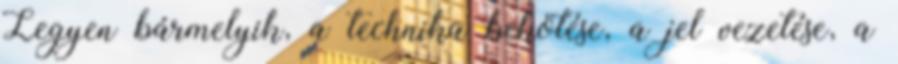
Legyen bármelyik, a technika bekötése, a jel vezetése, a